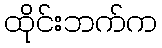
ထိုင်းဘက်က